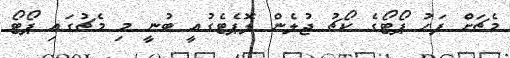
މެޗަށް ފަހު ޕޯޓޯގެ ކޯޗު ޖުލެން ލޮޕެޓެގުއީ ބުނީ މި މެޗުގައި ޕޯޓޯ